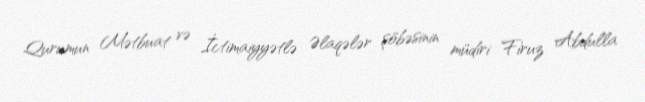
Qurumun Mətbuat və İctimaiyyətlə Əlaqələr şöbəsinin müdiri Firuz Abdulla